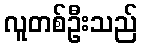
လူတစ်ဦးသည်